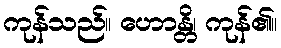
ကုန်သည်။ ဟောန္တိ၊ ကုန်၏။